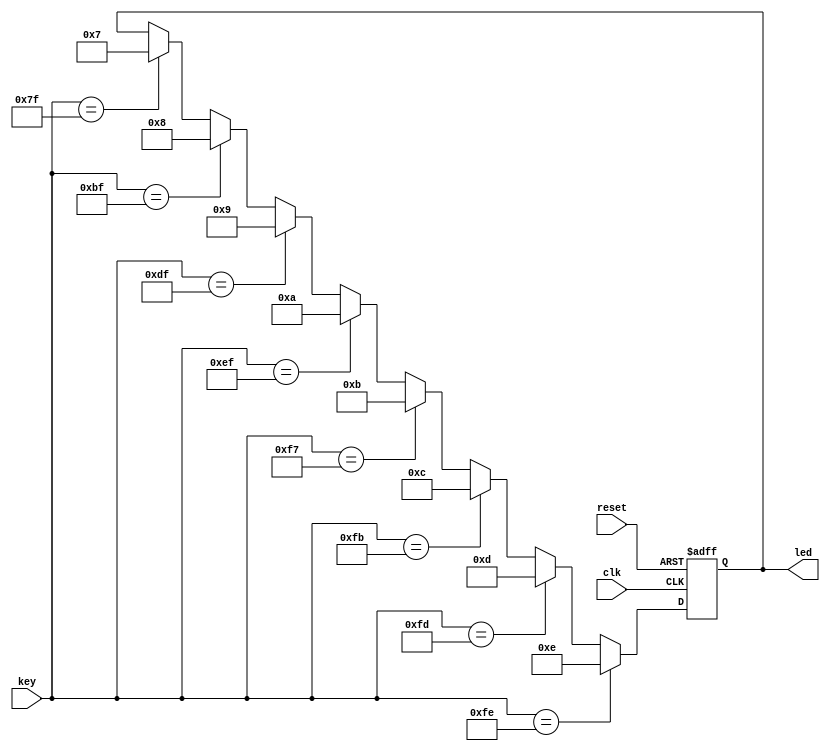
module joystick(
    clk,
	reset,
    key,
	led
);

input clk,reset;
input [7:0]key;
output[3:0] led;
reg[3:0] led_reg;

always@(posedge clk or negedge reset)
    if(!reset)
        led_reg<=4'b1111;
    else if(key==8'b11111110)
        led_reg<=4'b1110;
    else if(key==8'b11111101)
        led_reg<=4'b1101;
    else if(key==8'b11111011)
        led_reg<=4'b1100;
    else if(key==8'b11110111)
        led_reg<=4'b1011;
    else if(key==8'b11101111)
        led_reg<=4'b1010;
    else if(key==8'b11011111)
        led_reg<=4'b1001;
    else if(key==8'b10111111)
        led_reg<=4'b1000;
    else if(key==8'b01111111)
        led_reg<=4'b0111;
    else
        led_reg<=led_reg;

    assign led=led_reg;

endmodule